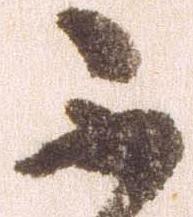
不